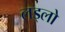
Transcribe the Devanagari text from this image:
लड्लो